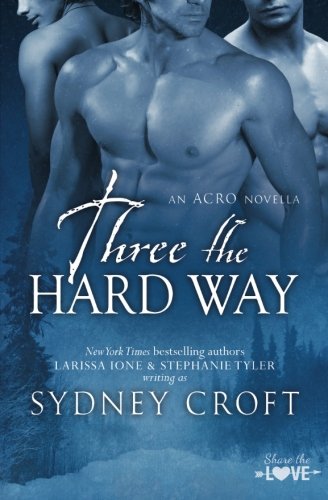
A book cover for Three the Hard Way; Sydney Croft; Romance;